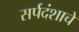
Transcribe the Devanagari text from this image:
सर्पदंशाचे